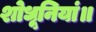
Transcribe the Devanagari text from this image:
शोधूनियां॥